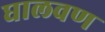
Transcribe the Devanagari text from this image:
घालवण